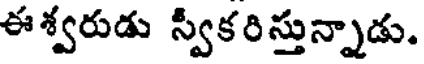
ఈశ్వరుడు స్వీకరిస్తున్నాడు.